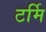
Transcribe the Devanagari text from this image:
टर्मि